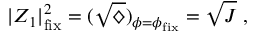
| Z _ { 1 } | _ { \mathrm { f i x } } ^ { 2 } = ( \sqrt { \diamondsuit } ) _ { \phi = \phi _ { \mathrm { f i x } } } = \sqrt { J } \ ,